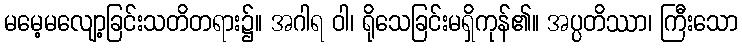
မမေ့မလျော့ခြင်းသတိတရား၌။ အဂါရ ဝါ၊ ရိုသေခြင်းမရှိကုန်၏။ အပ္ပတိဿာ၊ ကြီးသော